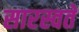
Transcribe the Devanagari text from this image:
सारस्वते